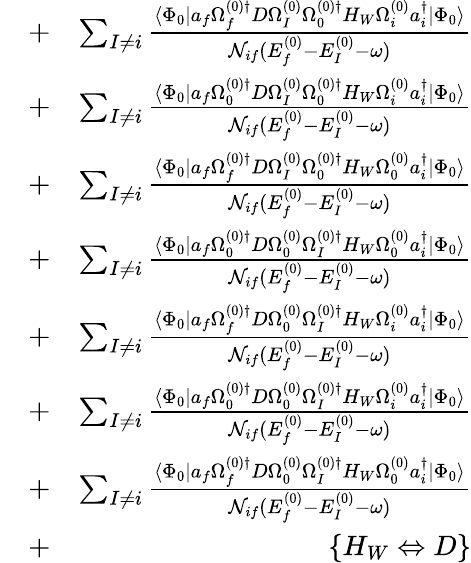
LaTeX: \begin{array}{rlr}&{+}&{\sum_{I\ne i}\frac{\langle\Phi_{0}|a_{f}\Omega_{f}^{(0)\dagger}D\Omega_{I}^{(0)}\Omega_{0}^{(0)\dagger}H_{W}\Omega_{i}^{(0)}a_{i}^{\dagger}|\Phi_{0}\rangle}{{\cal N}_{if}(E_{f}^{(0)}-E_{I}^{(0)}-\omega)}}\\ &{+}&{\sum_{I\ne i}\frac{\langle\Phi_{0}|a_{f}\Omega_{0}^{(0)\dagger}D\Omega_{I}^{(0)}\Omega_{0}^{(0)\dagger}H_{W}\Omega_{i}^{(0)}a_{i}^{\dagger}|\Phi_{0}\rangle}{{\cal N}_{if}(E_{f}^{(0)}-E_{I}^{(0)}-\omega)}}\\ &{+}&{\sum_{I\ne i}\frac{\langle\Phi_{0}|a_{f}\Omega_{f}^{(0)\dagger}D\Omega_{I}^{(0)}\Omega_{0}^{(0)\dagger}H_{W}\Omega_{0}^{(0)}a_{i}^{\dagger}|\Phi_{0}\rangle}{{\cal N}_{if}(E_{f}^{(0)}-E_{I}^{(0)}-\omega)}}\\ &{+}&{\sum_{I\ne i}\frac{\langle\Phi_{0}|a_{f}\Omega_{0}^{(0)\dagger}D\Omega_{0}^{(0)}\Omega_{I}^{(0)\dagger}H_{W}\Omega_{0}^{(0)}a_{i}^{\dagger}|\Phi_{0}\rangle}{{\cal N}_{if}(E_{f}^{(0)}-E_{I}^{(0)}-\omega)}}\\ &{+}&{\sum_{I\ne i}\frac{\langle\Phi_{0}|a_{f}\Omega_{f}^{(0)\dagger}D\Omega_{0}^{(0)}\Omega_{I}^{(0)\dagger}H_{W}\Omega_{i}^{(0)}a_{i}^{\dagger}|\Phi_{0}\rangle}{{\cal N}_{if}(E_{f}^{(0)}-E_{I}^{(0)}-\omega)}}\\ &{+}&{\sum_{I\ne i}\frac{\langle\Phi_{0}|a_{f}\Omega_{0}^{(0)\dagger}D\Omega_{0}^{(0)}\Omega_{I}^{(0)\dagger}H_{W}\Omega_{i}^{(0)}a_{i}^{\dagger}|\Phi_{0}\rangle}{{\cal N}_{if}(E_{f}^{(0)}-E_{I}^{(0)}-\omega)}}\\ &{+}&{\sum_{I\ne i}\frac{\langle\Phi_{0}|a_{f}\Omega_{f}^{(0)\dagger}D\Omega_{0}^{(0)}\Omega_{I}^{(0)\dagger}H_{W}\Omega_{0}^{(0)}a_{i}^{\dagger}|\Phi_{0}\rangle}{{\cal N}_{if}(E_{f}^{(0)}-E_{I}^{(0)}-\omega)}}\\ &{+}&{\{ H_{W}\Leftrightarrow D\} }\end{array}